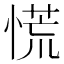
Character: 慌